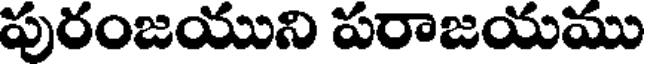
పురంజయుని పరాజయము